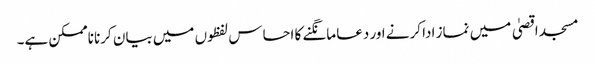
مسجد اقصیٰ میں نماز ادا کرنے اور دعا مانگنے کا احساس لفظوں میں بیان کرنا ناممکن ہے۔